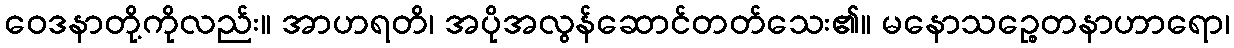
ဝေဒနာတို့ကိုလည်း။ အာဟရတိ၊ အပိုအလွန်ဆောင်တတ်သေး၏။ မနောသဉ္စေတနာဟာရော၊